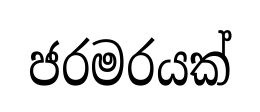
ජරමරයක්